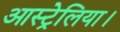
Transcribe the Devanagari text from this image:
आस्ट्रेलिया।